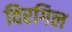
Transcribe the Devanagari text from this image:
विरगिल